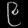
Digit: ၉